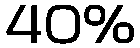
40%